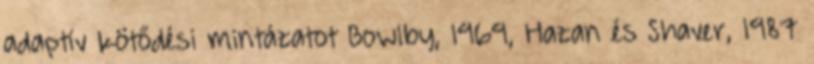
adaptív kötődési mintázatot Bowlby, 1969, Hazan és Shaver, 1987